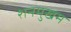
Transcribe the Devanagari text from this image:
शनमुखम